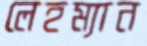
লেহম্যান